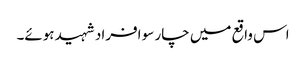
اس واقع میں چار سو افراد شہید ہوئے۔